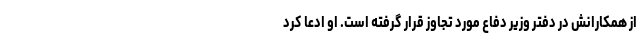
از همکارانش در دفتر وزیر دفاع مورد تجاوز قرار گرفته است. او ادعا کرد